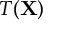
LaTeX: T ( \mathbf { X } )